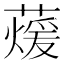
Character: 蕿